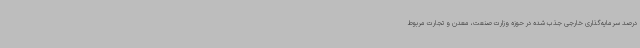
درصد سرمایه‌گذاری خارجی جذب شده در حوزه وزارت صنعت، معدن و تجارت مربوط